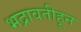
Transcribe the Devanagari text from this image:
भद्रावतीहून